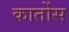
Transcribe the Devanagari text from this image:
कार्तोस